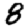
Digit: 8